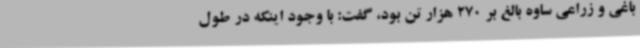
باغی و زراعی ساوه بالغ بر 270 هزار تن بود، گفت: با وجود اینکه در طول